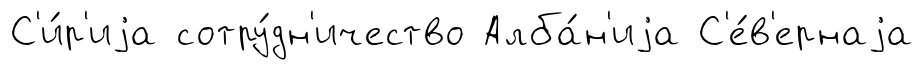
С'и́р'иjа сотру́дн'ичество Алба́н'иjа С'е́в'ернаjа